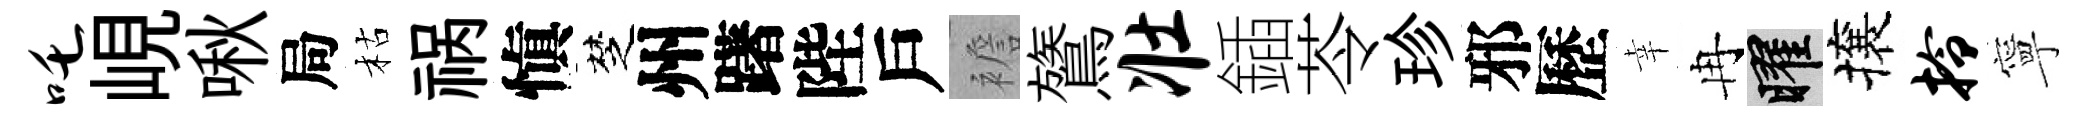
吒峴啾局枯祸愼椘州躇陛戶襜鷟壮鍤苓珍邪歷幸冉曜攘拎寧